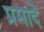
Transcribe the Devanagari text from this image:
प्रमादे